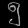
Digit: ၅